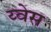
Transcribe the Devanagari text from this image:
य्वेस